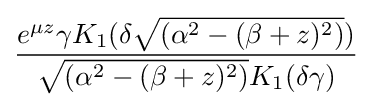
{\frac {e^{\mu z}\gamma K_{1}(\delta {\sqrt {(\alpha ^{2}-(\beta +z)^{2})}})}{{\sqrt {(\alpha ^{2}-(\beta +z)^{2})}}K_{1}(\delta \gamma )}}